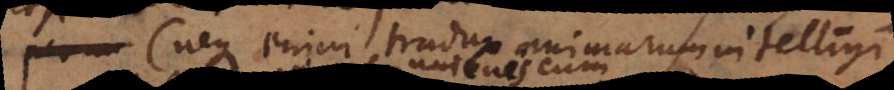
(neque enim tradux animarum intelligi